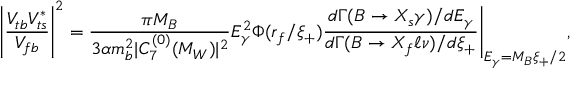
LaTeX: \left| \frac { V _ { t b } V _ { t s } ^ { \ast } } { V _ { f b } } \right| ^ { 2 } = \frac { \pi M _ { B } } { 3 \alpha m _ { b } ^ { 2 } | C _ { 7 } ^ { ( 0 ) } ( M _ { W } ) | ^ { 2 } } E _ { \gamma } ^ { 2 } \Phi ( r _ { f } / \xi _ { + } ) \frac { d \Gamma ( B \to X _ { s } \gamma ) / d E _ { \gamma } } { d \Gamma ( B \to X _ { f } \ell \nu ) / d \xi _ { + } } \Bigg | _ { E _ { \gamma } = M _ { B } \xi _ { + } / 2 } ,